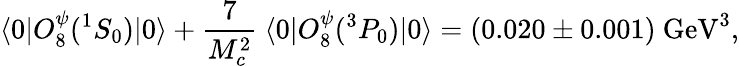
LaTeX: \langle 0|O_{8}^{\psi}(^{1}S_{0})|0\rangle+{\frac{7}{M_{c}^{2}}}~\langle 0|O_{8}^{\psi}(^{3}P_{0})|0\rangle=(0.020\pm 0.001)~\mathrm{GeV}^{3},